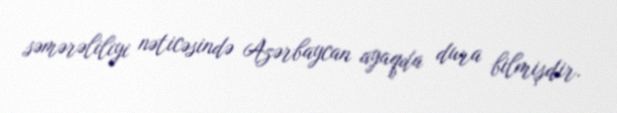
səmərəliliyi nəticəsində Azərbaycan ayaqda dura bilmişdir.